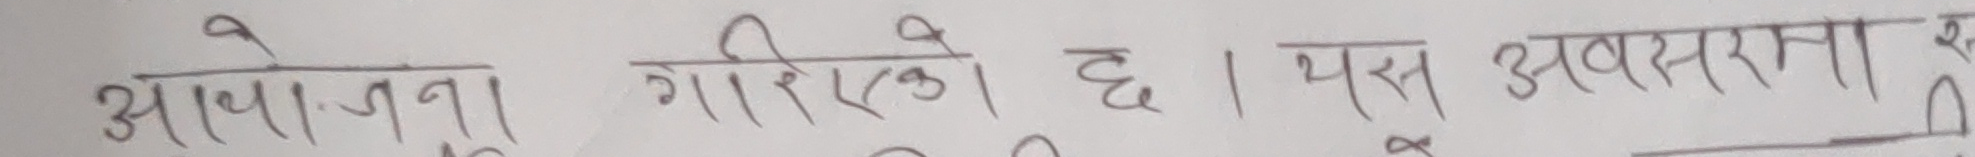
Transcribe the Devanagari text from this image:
आवाजना गरिएको छ। यस अवसरमा